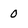
Character: 0